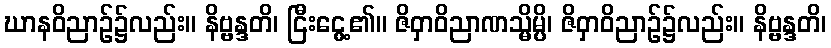
ဃာနဝိညာဉ်၌လည်း။ နိဗ္ဗန္ဒတိ၊ ငြီးငွေ့၏။ ဇိဝှာဝိညာဏသ္မိမ္ပိ၊ ဇိဝှာဝိညာဉ်၌လည်း။ နိဗ္ဗန္ဒတိ၊